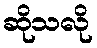
ဆိုသလို